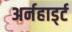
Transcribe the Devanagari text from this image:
अर्नहार्ड्ट